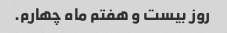
روز بیست و هفتم ماه چهارم.